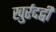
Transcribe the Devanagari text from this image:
खुर्रदद्बी